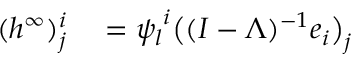
\begin{array} { r l } { ( { h ^ { \infty } } ) _ { j } ^ { i } } & { { } = { \psi _ { l } } ^ { i } \big ( ( I - \Lambda ) ^ { - 1 } \boldsymbol { e } _ { i } \big ) _ { j } } \end{array}